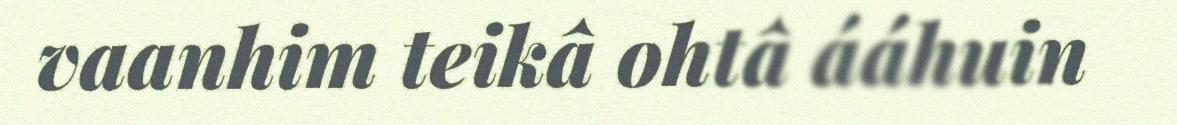
vaanhim teikâ ohtâ ááhuin